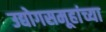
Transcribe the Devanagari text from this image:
उद्योगसमूहांच्या